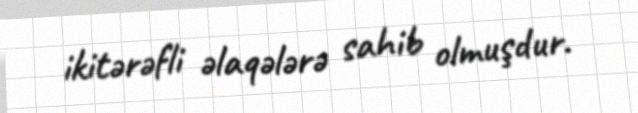
ikitərəfli əlaqələrə sahib olmuşdur.